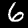
Digit: 6